Vaccination North-Western Provinces 1866-1877 - 1866-1877
Year: 1866
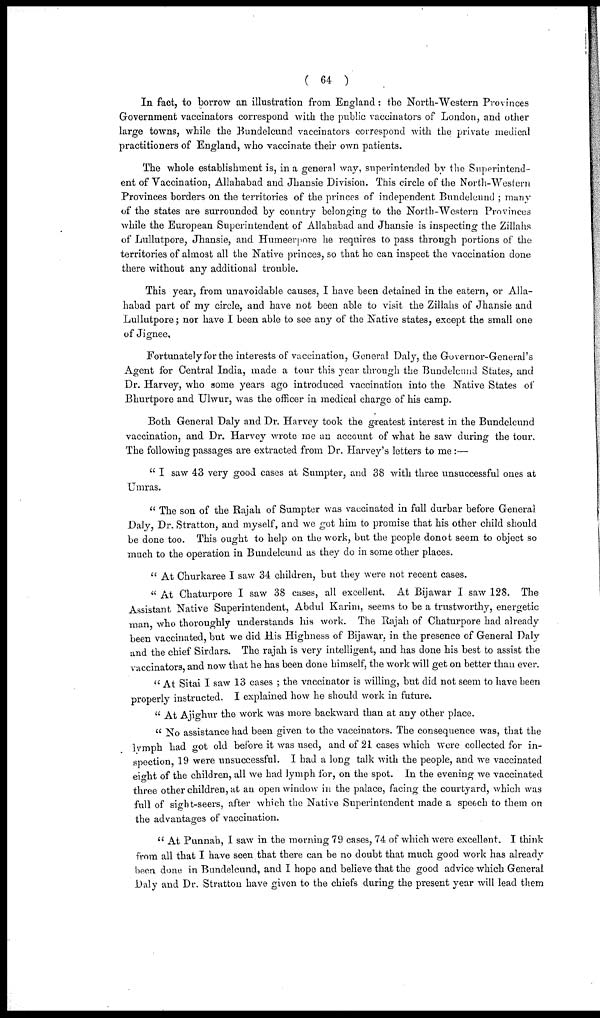
( 64 )
In fact, to borrow an illustration from England: the North-Western Provinces
Government vaccinators correspond with the public vaccinators of London, and other
large towns, while the Bundelcund vaccinators correspond with the private medical
practitioners of England, who vaccinate their own patients.
The whole establishment is, in a general way, superintended by the Superintend-
ent of Vaccination, Allahabad and Jhansie Division. This circle of the North-Western
Provinces borders on the territories of the princes of independent Bundelcund ; many
of the states are surrounded by country belonging to the North-Western Provinces
while the European Superintendent of Allahabad and Jhansie is inspecting the Zillahs
of Lullutpore, Jhansie, and Humeerpore he requires to pass through portions of the
territories of almost all the Native princes, so that he can inspect the vaccination done
there without any additional trouble.
This year, from unavoidable causes, I have been detained in the eatern, or Alla-
habad part of my circle, and have not been able to visit the Zillahs of Jhansie and
Lullutpore; nor have I been able to see any of the Native states, except the small one
of Jignee.
Fortunately for the interests of vaccination, General Daly, the Governor-General's
Agent for Central India, made a tour this year through the Bundelcund States, and
Dr. Harvey, who some years ago introduced vaccination into the Native States of
Bhurtpore and Ulwur, was the officer in medical charge of his camp.
Both General Daly and Dr. Harvey took the greatest interest in the Bundelcund
vaccination, and Dr. Harvey wrote me an account of what he saw during the tour.
The following passages are extracted from Dr. Harvey's letters to me :—
" I saw 43 very good cases at Sumpter, and 38 with three unsuccessful ones at
Umras.
" The son of the Rajah of Sumpter was vaccinated in full durbar before General
Daly, Dr. Stratton, and myself, and we got him to promise that his other child should
be done too. This ought to help on the work, but the people donot seem to object so
much to the operation in Bundelcund as they do in some other places.
" At Churkaree I saw 34 children, but they were not recent cases.
" At Chaturpore I saw 38 cases, all excellent. At Bijawar I saw 128. The
Assistant Native Superintendent, Abdul Karim, seems to be a trustworthy, energetic
man who thoroughly understands his work. The Rajah of Chaturpore had already
been vaccinated, but we did His Highness of Bijawar, in the presence of General Daly
and the chief Sirdars. The rajah is very intelligent, and has done his best to assist the
vaccinators and now that he has been done himself, the work will get on better than ever.
" At Sitai I saw 13 cases ; the vaccinator is willing, but did not seem to have been
properly instructed. I explained how he should work in future.
" At Ajighur the work was more backward than at any other place.
" No assistance had been given to the vaccinators. The consequence was, that the
lymph had got old before it was used, and of 21 cases which were collected for in-
spection, 19 were unsuccessful. I had a long talk with the people, and we vaccinated
eight of the children, all we had lymph for, on the spot. In the evening we vaccinated
three other children, at an open window in the palace, facing the courtyard, which was
full of sight-seers, after which the Native Superintendent made a speech to them on
the advantages of vaccination.
" At Punnah, I saw in the morning 79 cases, 74 of which were excellent. I think
from all that I have seen that there can be no doubt that much good work has already
been done in Bundelcund, and I hope and believe that the good advice which General
Daly and Dr. Stratton have given to the chiefs during the present year will lead them